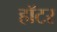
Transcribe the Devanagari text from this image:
हॉटर